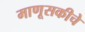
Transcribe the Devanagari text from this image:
माणूसकीचे